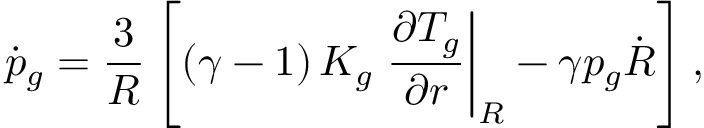
\dot { p } _ { g } = \frac { 3 } { R } \left[ \left( \gamma - 1 \right) K _ { g } \left. \frac { \partial T _ { g } } { \partial r } \right| _ { R } - \gamma p _ { g } \dot { R } \right] ,